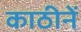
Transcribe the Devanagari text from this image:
काठीनें